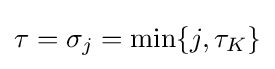
\tau =\sigma _{j}=\min\{j,\tau _{K}\}